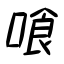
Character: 喰